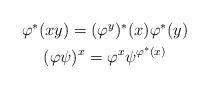
LaTeX: \begin{align*}\begin{gathered}\varphi^\ast(xy)=(\varphi^y)^\ast(x)\varphi^\ast(y) \\(\varphi\psi)^x = \varphi^x\psi^{\varphi^\ast(x)}\end{gathered}\end{align*}